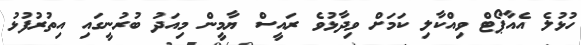
ހުޅުލެ އެއާޕޯޓް ވިއްކާލި ކަމަށް ވިދާޅުވެ ރައީސް ޔާމީން މިއަދު ބުރުނީގައި އިތުރުފުޅު